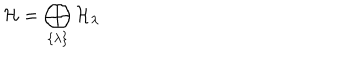
{ \cal H } = \bigoplus _ { \{ \lambda \} } { \cal H } _ { \lambda }